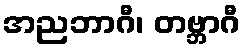
အညဘာဂီ၊ တဗ္ဘာဂီ